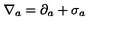
\nabla _ { a } = \partial _ { a } + \sigma _ { a }